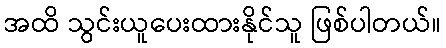
အထိ သွင်းယူပေးထားနိုင်သူ ဖြစ်ပါတယ်။